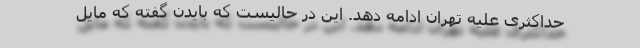
حداکثری علیه تهران ادامه دهد. این در حالیست که بایدن گفته که مایل